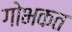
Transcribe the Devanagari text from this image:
गोभकत